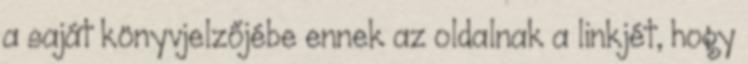
a saját könyvjelzőjébe ennek az oldalnak a linkjét, hogy